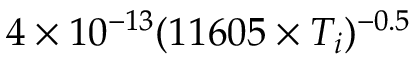
4 \times 1 0 ^ { - 1 3 } ( 1 1 6 0 5 \times T _ { i } ) ^ { - 0 . 5 }